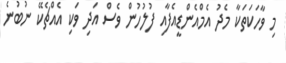
މި ވާހަކަތަކާ މެދު އެމްއެންޑީއެފާއި ފުލުހުން ވެސް އަދި ވަކި އެއްޗެކޭ ނުބުނެ